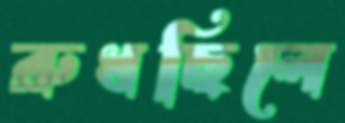
রুধছিলে